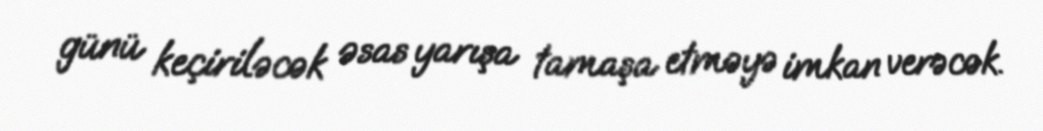
günü keçiriləcək əsas yarışa tamaşa etməyə imkan verəcək.